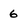
Character: 6